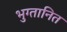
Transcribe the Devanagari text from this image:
भुग्तानित